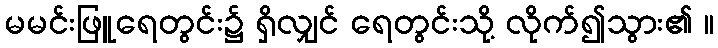
မမင်းဖြူရေတွင်း၌ ရှိလျှင် ရေတွင်းသို့ လိုက်၍သွား၏ ။